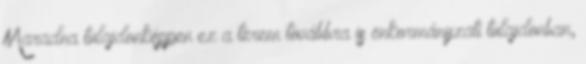
Maradna tulajdonképpen ez a terem továbbra is önkormányzati tulajdonban,